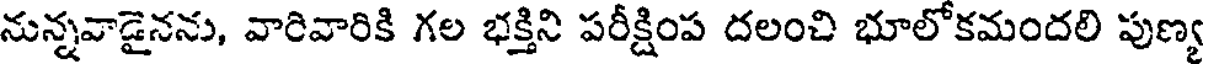
నున్నవాడైనను, వారివారికి గల భక్తిని పరీక్షింప దలంచి భూలోకమందలి పుణ్య